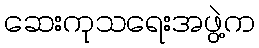
ဆေးကုသရေးအဖွဲ့က